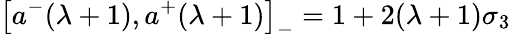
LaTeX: \left[a^{-}(\lambda+1),a^{+}(\lambda+1)\right]_{-}=1+2(\lambda+1)\sigma_{3}